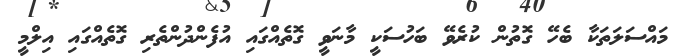
މައްސަލަތަކާ ބެހޭ ގޮތުން ކުރެވޭ ބަހުސަކީ މާނަވީ ގޮތެއްގައި އުފެންދުންތެރި ގޮތެއްގައި އިލްމީ